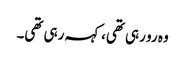
وہ رو رہی تھی،کہہ رہی تھی۔